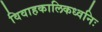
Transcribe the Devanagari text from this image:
विवाहकालिकध्वनिः